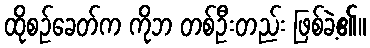
ထိုစဉ်ခေတ်က ကိုဘ တစ်ဦးတည်း ဖြစ်ခဲ့၏။